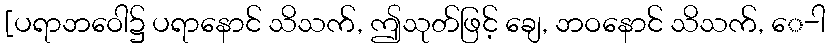
[ပရာဘဝေါ၌ ပရာနောင် သိသက်, ဤသုတ်ဖြင့် ချေ, ဘဝနောင် သိသက်, ေ-ါ